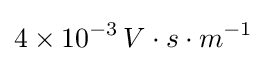
4\times 10^{-3}\,V\cdot s\cdot m^{-1}